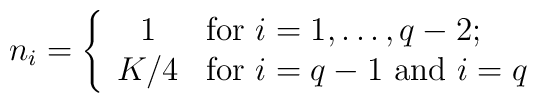
n_i = \left\{ \begin{array}{cl}                  1 & \mbox{for $i=1,\dots,q-2;$} \\                  K/4 & \mbox{for $i=q-1$ and $i=q$}              \end{array} \right.